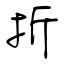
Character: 折